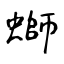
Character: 螄